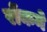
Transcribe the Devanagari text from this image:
रोंकने